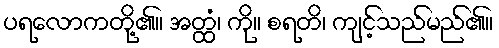
ပရလောကတို့၏။ အတ္ထံ၊ ကို။ စရတိ၊ ကျင့်သည်မည်၏။